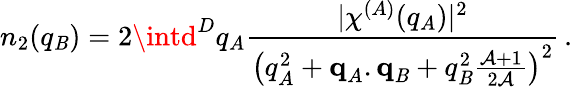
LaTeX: n_{2}(q_{\mathit{B}})=2\intd^{D}q_{A}\frac{{\lvert\chi^{(A)}(q_{A})\rvert^{2}}}{{\left(q_{A}^{2}+\textbf{{q}}_{A}.\textbf{{q}}_{\mathit{B}}+q_{\mathit{B}}^{2}\frac{{\mathcal{{A}}+1}}{{2\mathcal{{A}}}}\right)^{2}}}\, .